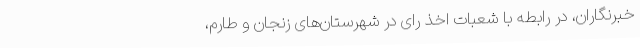
خبرنگاران، در رابطه با شعبات اخذ رای در شهرستان‌های زنجان و طارم،